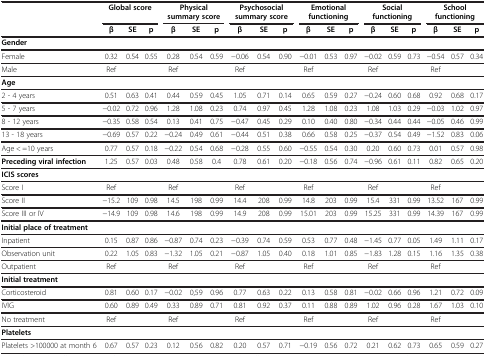
<table><thead><tr><td><b> </b></td><td colspan="3"><b>Global score</b></td><td colspan="3"><b>Physical summary score</b></td><td colspan="3"><b>Psychosocial summary score</b></td><td colspan="3"><b>Emotional functioning</b></td><td colspan="3"><b>Social functioning</b></td><td colspan="3"><b>School functioning</b></td></tr><tr><td><b> </b></td><td><b>β</b></td><td><b>SE</b></td><td><b>p</b></td><td><b>β</b></td><td><b>SE</b></td><td><b>p</b></td><td><b>β</b></td><td><b>SE</b></td><td><b>p</b></td><td><b>β</b></td><td><b>SE</b></td><td><b>p</b></td><td><b>β</b></td><td><b>SE</b></td><td><b>p</b></td><td><b>β</b></td><td><b>SE</b></td><td><b>p</b></td></tr></thead><tbody><tr><td><b>Gender</b></td><td> </td><td> </td><td> </td><td> </td><td> </td><td> </td><td> </td><td> </td><td> </td><td> </td><td> </td><td> </td><td> </td><td> </td><td> </td><td> </td><td> </td><td> </td></tr><tr><td>Female</td><td>0.32</td><td>0.54</td><td>0.55</td><td>0.28</td><td>0.54</td><td>0.59</td><td>−0.06</td><td>0.54</td><td>0.90</td><td>−0.01</td><td>0.53</td><td>0.97</td><td>−0.02</td><td>0.59</td><td>0.73</td><td>−0.54</td><td>0.57</td><td>0.34</td></tr><tr><td>Male</td><td>Ref</td><td> </td><td> </td><td>Ref</td><td> </td><td> </td><td>Ref</td><td> </td><td> </td><td>Ref</td><td> </td><td> </td><td>Ref</td><td> </td><td> </td><td>Ref</td><td> </td><td> </td></tr><tr><td><b>Age</b></td><td> </td><td> </td><td> </td><td> </td><td> </td><td> </td><td> </td><td> </td><td> </td><td> </td><td> </td><td> </td><td> </td><td> </td><td> </td><td> </td><td> </td><td> </td></tr><tr><td>2 - 4 years</td><td>0.51</td><td>0.63</td><td>0.41</td><td>0.44</td><td>0.59</td><td>0.45</td><td>1.05</td><td>0.71</td><td>0.14</td><td>0.65</td><td>0.59</td><td>0.27</td><td>−0.24</td><td>0.60</td><td>0.68</td><td>0.92</td><td>0.68</td><td>0.17</td></tr><tr><td>5 - 7 years</td><td>−0.02</td><td>0.72</td><td>0.96</td><td>1.28</td><td>1.08</td><td>0.23</td><td>0.74</td><td>0.97</td><td>0.45</td><td>1.28</td><td>1.08</td><td>0.23</td><td>1.08</td><td>1.03</td><td>0.29</td><td>−0.03</td><td>1.02</td><td>0.97</td></tr><tr><td>8 - 12 years</td><td>−0.35</td><td>0.58</td><td>0.54</td><td>0.13</td><td>0.41</td><td>0.75</td><td>−0.47</td><td>0.45</td><td>0.29</td><td>0.10</td><td>0.40</td><td>0.80</td><td>−0.34</td><td>0.44</td><td>0.44</td><td>−0.05</td><td>0.46</td><td>0.99</td></tr><tr><td>13 - 18 years</td><td>−0.69</td><td>0.57</td><td>0.22</td><td>−0.24</td><td>0.49</td><td>0.61</td><td>−0.44</td><td>0.51</td><td>0.38</td><td>0.66</td><td>0.58</td><td>0.25</td><td>−0.37</td><td>0.54</td><td>0.49</td><td>−1.52</td><td>0.83</td><td>0.06</td></tr><tr><td>Age &lt; =10 years</td><td>0.77</td><td>0.57</td><td>0.18</td><td>−0.22</td><td>0.54</td><td>0.68</td><td>−0.28</td><td>0.55</td><td>0.60</td><td>−0.55</td><td>0.54</td><td>0.30</td><td>0.20</td><td>0.60</td><td>0.73</td><td>0.01</td><td>0.57</td><td>0.98</td></tr><tr><td><b>Preceding viral infection</b></td><td>1.25</td><td>0.57</td><td>0.03</td><td>0.48</td><td>0.58</td><td>0.4</td><td>0.78</td><td>0.61</td><td>0.20</td><td>−0.18</td><td>0.56</td><td>0.74</td><td>−0.96</td><td>0.61</td><td>0.11</td><td>0.82</td><td>0.65</td><td>0.20</td></tr><tr><td><b>ICIS scores</b></td><td> </td><td> </td><td> </td><td> </td><td> </td><td> </td><td> </td><td> </td><td> </td><td> </td><td> </td><td> </td><td> </td><td> </td><td> </td><td> </td><td> </td><td> </td></tr><tr><td>Score I</td><td>Ref</td><td> </td><td> </td><td>Ref</td><td> </td><td> </td><td>Ref</td><td> </td><td> </td><td>Ref</td><td> </td><td> </td><td>Ref</td><td> </td><td> </td><td>Ref</td><td> </td><td> </td></tr><tr><td>Score II</td><td>−15.2</td><td>109</td><td>0.98</td><td>14.5</td><td>198</td><td>0.99</td><td>14.4</td><td>208</td><td>0.99</td><td>14.8</td><td>203</td><td>0.99</td><td>15.4</td><td>331</td><td>0.99</td><td>13.52</td><td>167</td><td>0.99</td></tr><tr><td>Score III or IV</td><td>−14.9</td><td>109</td><td>0.98</td><td>14.6</td><td>198</td><td>0.99</td><td>14.9</td><td>208</td><td>0.99</td><td>15.01</td><td>203</td><td>0.99</td><td>15.25</td><td>331</td><td>0.99</td><td>14.39</td><td>167</td><td>0.99</td></tr><tr><td><b>Initial place of treatment</b></td><td> </td><td> </td><td> </td><td> </td><td> </td><td> </td><td> </td><td> </td><td> </td><td> </td><td> </td><td> </td><td> </td><td> </td><td> </td><td> </td><td> </td><td> </td></tr><tr><td>Inpatient</td><td>0.15</td><td>0.87</td><td>0.86</td><td>−0.87</td><td>0.74</td><td>0.23</td><td>−0.39</td><td>0.74</td><td>0.59</td><td>0.53</td><td>0.77</td><td>0.48</td><td>−1.45</td><td>0.77</td><td>0.05</td><td>1.49</td><td>1.11</td><td>0.17</td></tr><tr><td>Observation unit</td><td>0.22</td><td>1.05</td><td>0.83</td><td>−1.32</td><td>1.05</td><td>0.21</td><td>−0.87</td><td>1.05</td><td>0.40</td><td>0.18</td><td>1.01</td><td>0.85</td><td>−1.83</td><td>1.28</td><td>0.15</td><td>1.16</td><td>1.35</td><td>0.38</td></tr><tr><td>Outpatient</td><td>Ref</td><td> </td><td> </td><td>Ref</td><td> </td><td> </td><td>Ref</td><td> </td><td> </td><td>Ref</td><td> </td><td> </td><td>Ref</td><td> </td><td> </td><td>Ref</td><td> </td><td> </td></tr><tr><td><b>Initial treatment</b></td><td> </td><td> </td><td> </td><td> </td><td> </td><td> </td><td> </td><td> </td><td> </td><td> </td><td> </td><td> </td><td> </td><td> </td><td> </td><td> </td><td> </td><td> </td></tr><tr><td>Corticosteroid</td><td>0.81</td><td>0.60</td><td>0.17</td><td>−0.02</td><td>0,59</td><td>0.96</td><td>0.77</td><td>0.63</td><td>0.22</td><td>0.13</td><td>0.58</td><td>0.81</td><td>−0.02</td><td>0.66</td><td>0.96</td><td>1.21</td><td>0.72</td><td>0.09</td></tr><tr><td>IVIG</td><td>0.60</td><td>0.89</td><td>0.49</td><td>0.33</td><td>0.89</td><td>0.71</td><td>0.81</td><td>0.92</td><td>0.37</td><td>0.11</td><td>0.88</td><td>0.89</td><td>1.02</td><td>0.96</td><td>0.28</td><td>1.67</td><td>1.03</td><td>0.10</td></tr><tr><td>No treatment</td><td>Ref</td><td> </td><td> </td><td>Ref</td><td> </td><td> </td><td>Ref</td><td> </td><td> </td><td>Ref</td><td> </td><td> </td><td>Ref</td><td> </td><td> </td><td>Ref</td><td> </td><td> </td></tr><tr><td><b>Platelets</b></td><td> </td><td> </td><td> </td><td> </td><td> </td><td> </td><td> </td><td> </td><td> </td><td> </td><td> </td><td> </td><td> </td><td> </td><td> </td><td> </td><td> </td><td> </td></tr><tr><td>Platelets &gt;100000 at month 6</td><td>0.67</td><td>0.57</td><td>0.23</td><td>0.12</td><td>0.56</td><td>0.82</td><td>0.20</td><td>0.57</td><td>0.71</td><td>−0.19</td><td>0.56</td><td>0.72</td><td>0.21</td><td>0.62</td><td>0.73</td><td>0.65</td><td>0.59</td><td>0.27</td></tr></tbody></table>